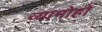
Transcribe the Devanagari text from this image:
व्यामोहों